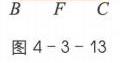
\(B\quad F\quad C\)
图 4 - 3 - 13